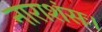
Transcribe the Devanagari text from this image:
नाराशंसः।